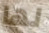
لها